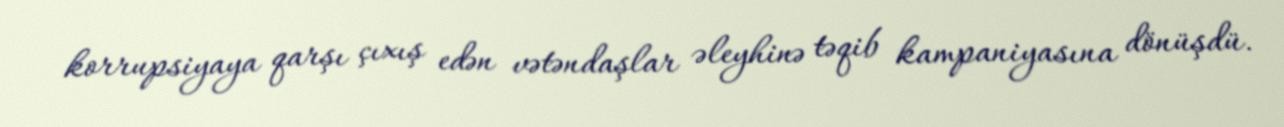
korrupsiyaya qarşı çıxış edən vətəndaşlar əleyhinə təqib kampaniyasına dönüşdü.